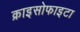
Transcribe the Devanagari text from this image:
क्राइसोफाइटा